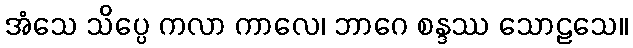
အံသေ သိပ္ပေ ကလာ ကာလေ၊ ဘာဂေ စန္ဒဿ သောဠသေ။